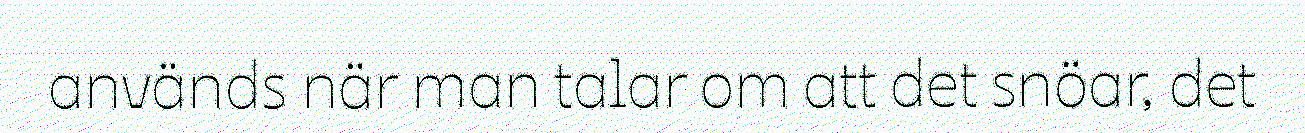
används när man talar om att det snöar, det